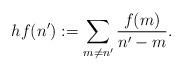
LaTeX: \begin{align*} hf(n'):=\sum_{m\neq n'}\frac{f(m)}{n'-m}.\end{align*}